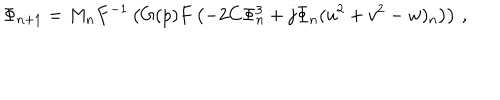
LaTeX: \Phi _ { n + 1 } = M _ { n } F ^ { - 1 } \left( G ( p ) F \left( - 2 C \Phi _ { n } ^ { 3 } + j \Phi _ { n } ( u ^ { 2 } + v ^ { 2 } - w ) _ { n } \right) \right) \, ,